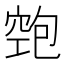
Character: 𱷃